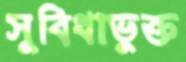
সুবিধাভুক্ত